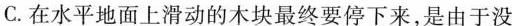
C.在水平地面上滑动的木块最终要停下来，是由于没